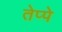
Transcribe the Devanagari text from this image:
तेप्पे